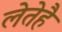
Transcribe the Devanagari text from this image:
लेतेहै